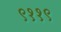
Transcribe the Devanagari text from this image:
९११९